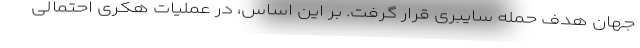
جهان هدف حمله سایبری قرار گرفت. بر این اساس، در عملیات هکری احتمالی